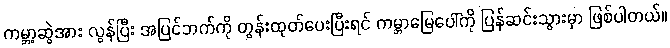
ကမ္ဘာ့ဆွဲအား လွန်ပြီး အပြင်ဘက်ကို တွန်းထုတ်ပေးပြီးရင် ကမ္ဘာမြေပေါ်ကို ပြန်ဆင်းသွားမှာ ဖြစ်ပါတယ်။